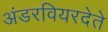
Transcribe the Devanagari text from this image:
अंडरवियरदेते